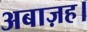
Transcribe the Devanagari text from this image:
अबाज़ह।